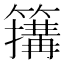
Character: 簼